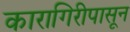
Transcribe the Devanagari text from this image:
कारागिरीपासून